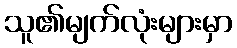
သူ၏မျက်လုံးများမှာ